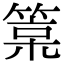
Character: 𥯲